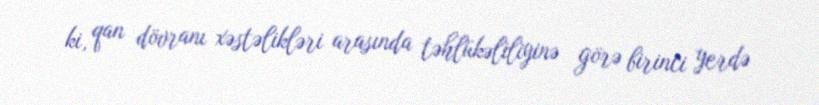
ki, qan dövranı xəstəlikləri arasında təhlükəliliyinə görə birinci yerdə